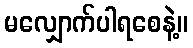
မလျှောက်ပါရစေနဲ့။